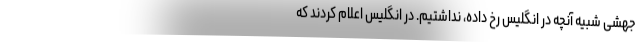
جهشی شبیه آنچه در انگلیس رخ داده، نداشتیم. در انگلیس اعلام کردند که